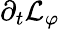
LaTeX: \partial_{t}\mathcal{L}_{\varphi}